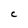
Character: C